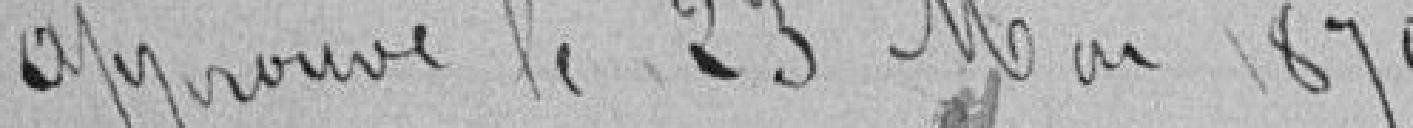
Approuvé le 23 Mai 1870